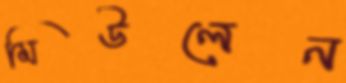
মিউলেন